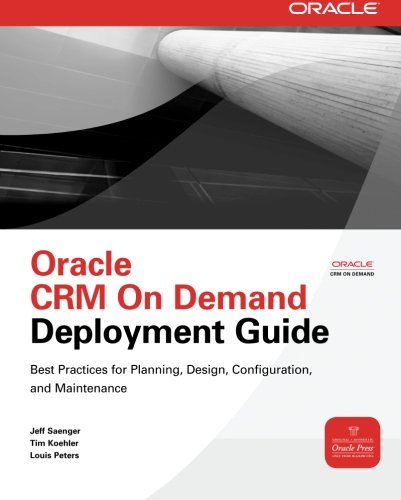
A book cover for Oracle CRM On Demand Deployment Guide (Oracle Press); Jeff Saenger; Computers & Technology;